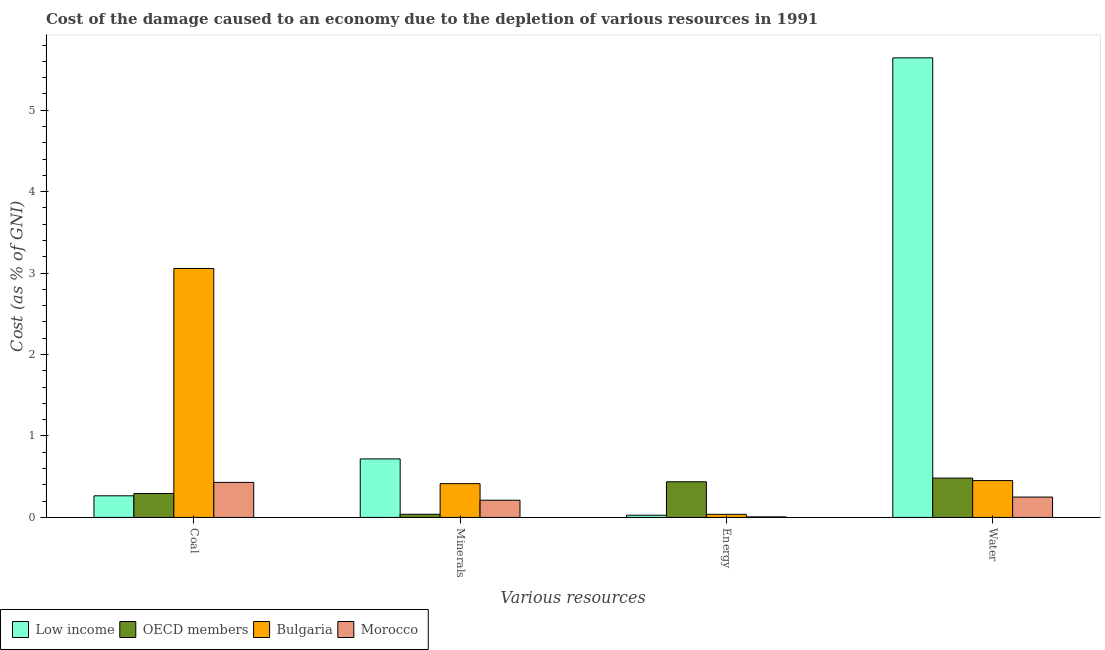
| Various resources | Low income | OECD members | Bulgaria | Morocco |
 | --- | --- | --- | --- | --- |
 | Coal | 0.265 | 0.293 | 3.06 | 0.43 |
 | Minerals | 0.719 | 0.0387 | 0.415 | 0.211 |
 | Energy | 0.0271 | 0.438 | 0.0379 | 0.00668 |
 | Water | 5.64 | 0.483 | 0.453 | 0.25 |